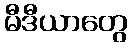
မီဒီယာတွေ